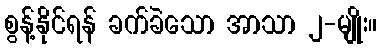
စွန့်နိုင်ရန် ခက်ခဲသော အာသာ ၂-မျိုး။